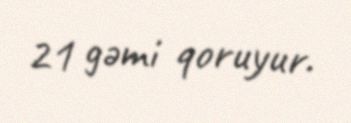
21 gəmi qoruyur.